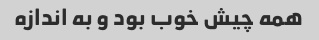
همه چیش خوب بود و به اندازه